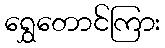
ရွှေတောင်ကြား